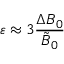
\varepsilon \approx 3 \frac { \Delta B _ { 0 } } { \tilde { B } _ { 0 } }